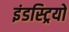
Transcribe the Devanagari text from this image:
इंडस्ट्रियों